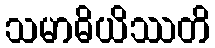
သမာဓိယိဿတိ